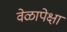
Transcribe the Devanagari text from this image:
वेळापेक्षा